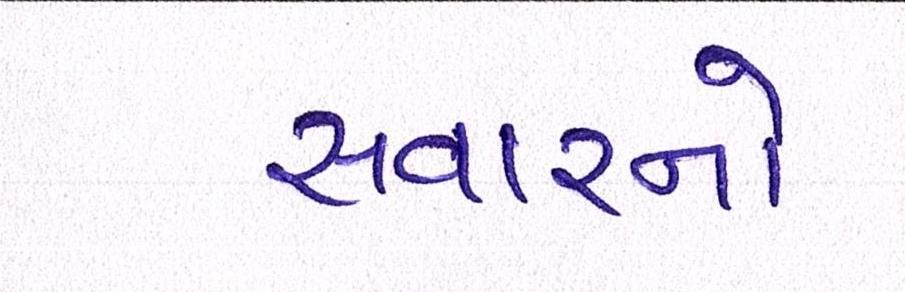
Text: સવારનો